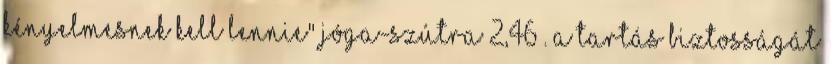
kényelmesnek kell lennie" Jóga-Szútra 2,46 . A tartás biztosságát